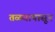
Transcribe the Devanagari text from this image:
तळयापासून